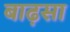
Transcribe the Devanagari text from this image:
बाढ़सा